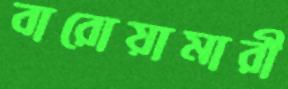
বারোয়ামারী